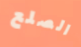
الصلع